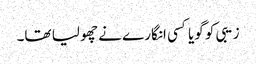
زیبی کو گویا کسی انگارے نے چھو لیا تھا۔